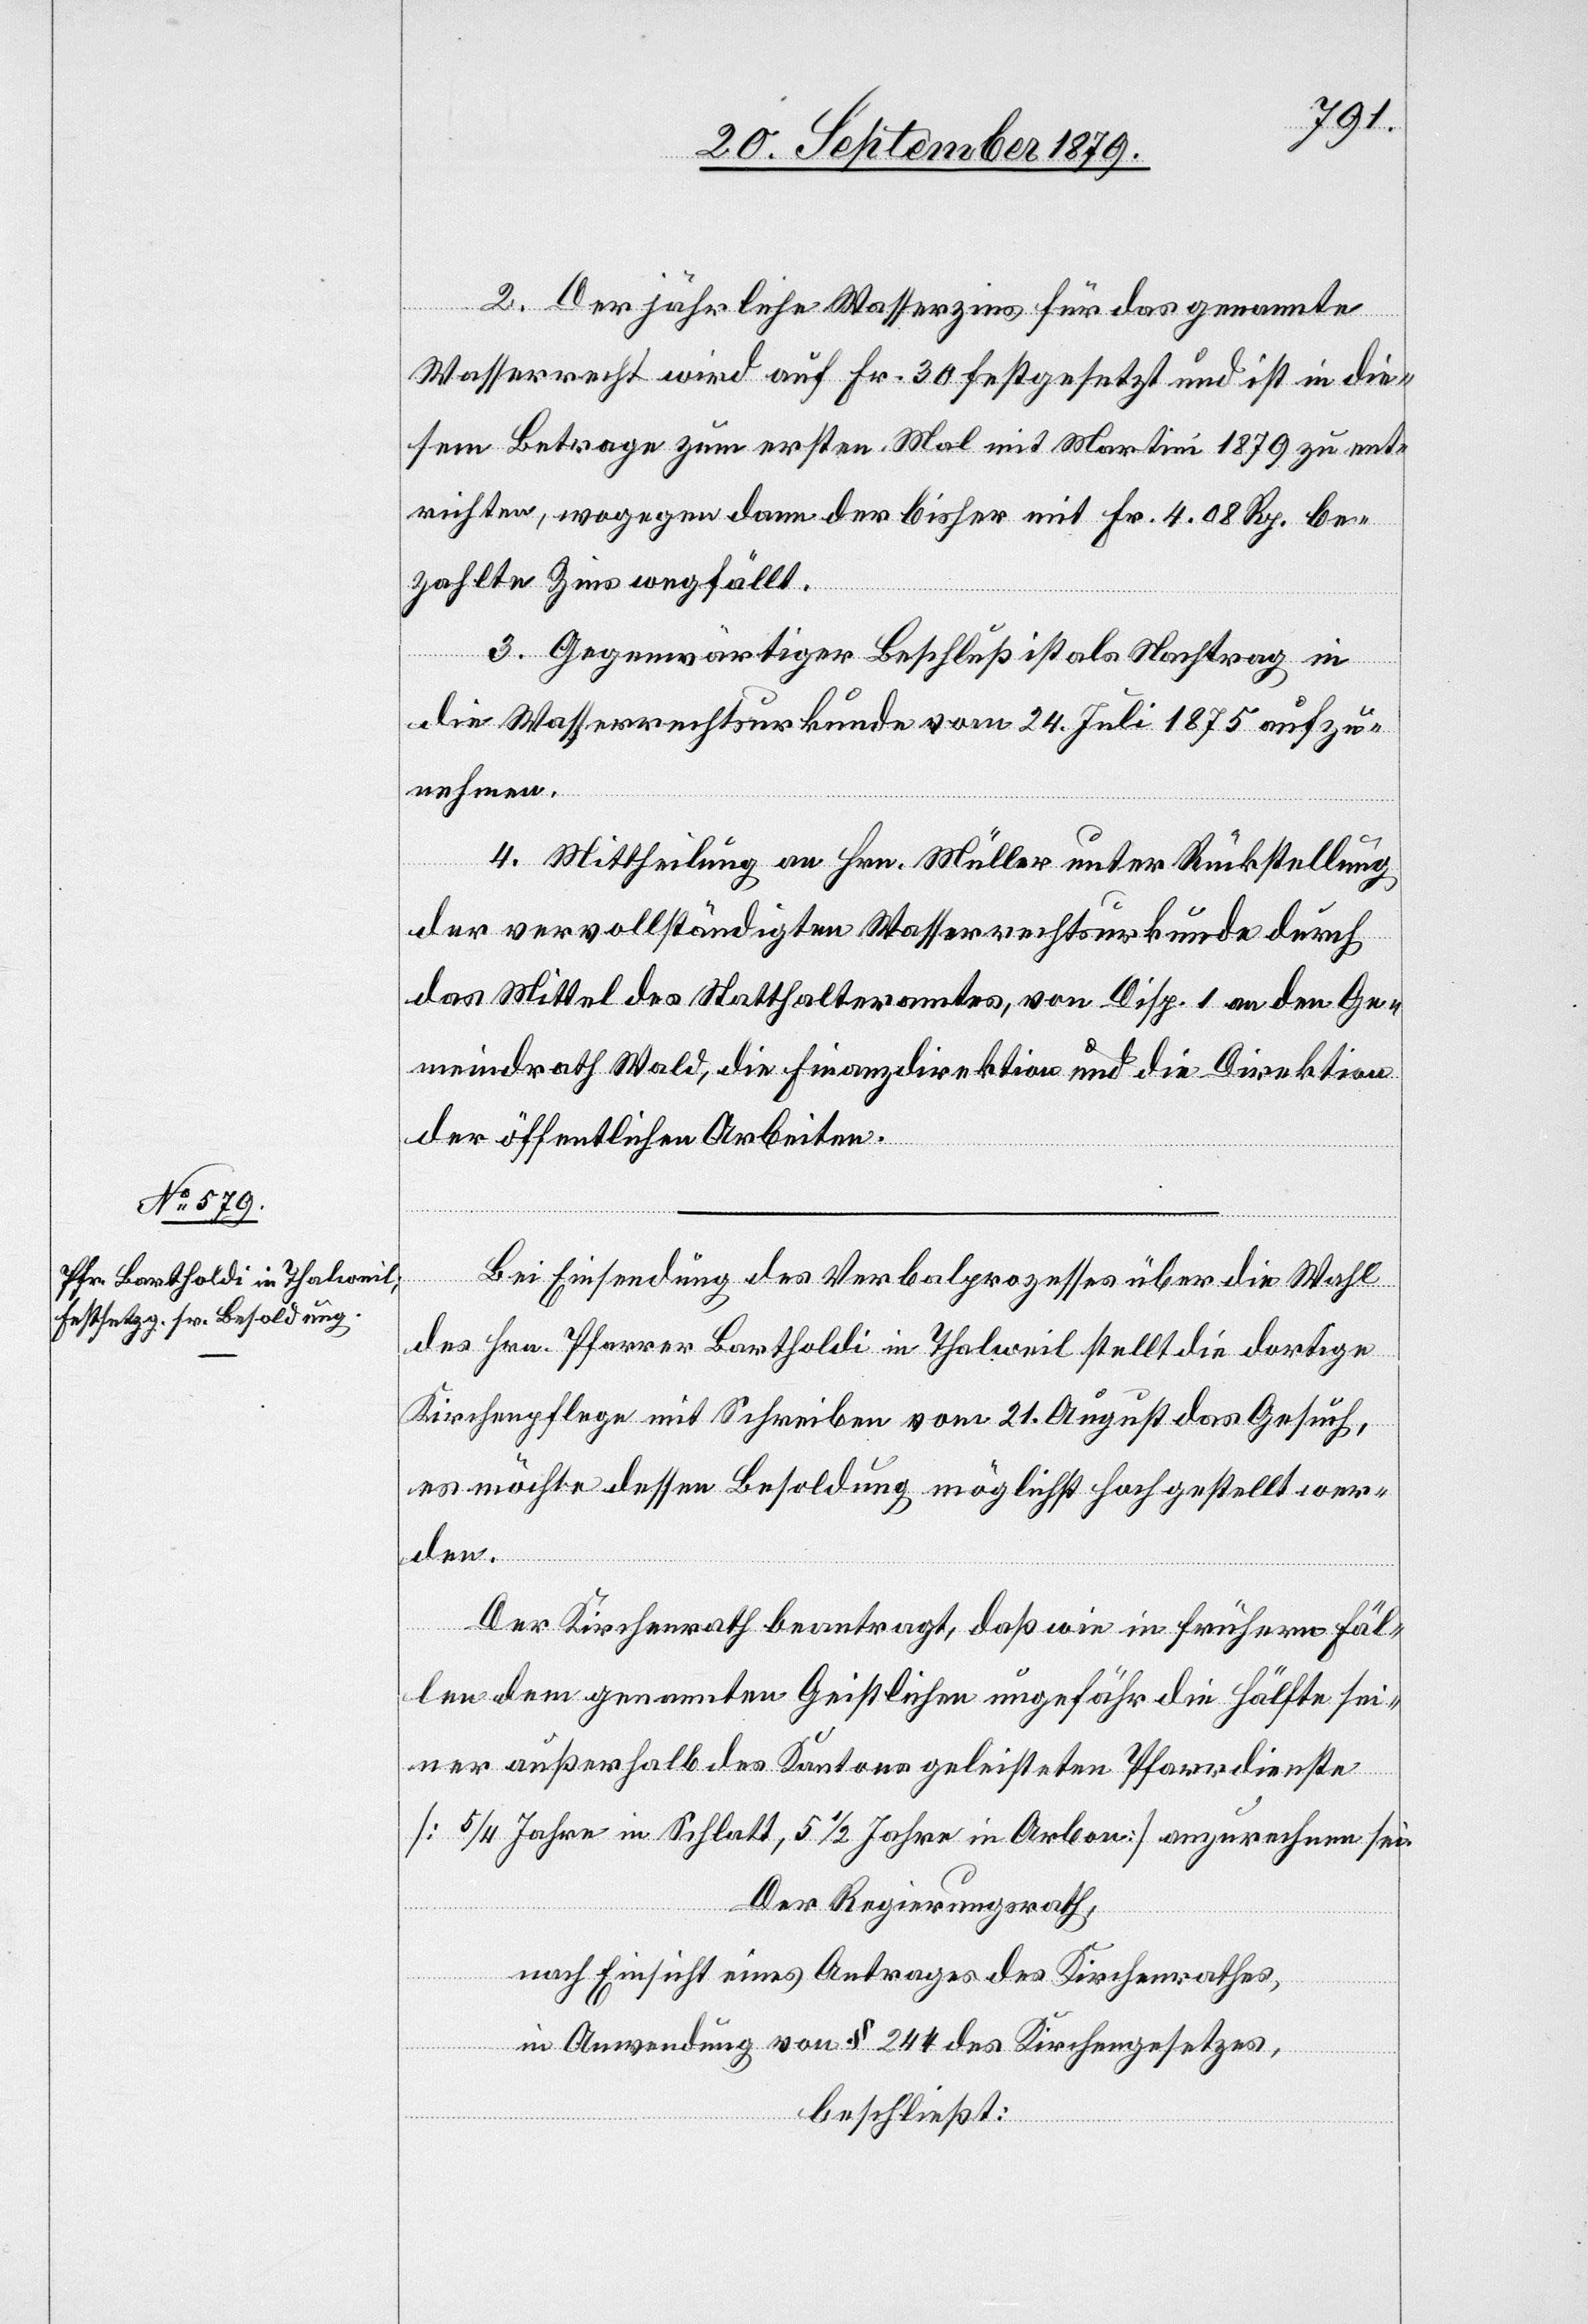
2. Der jährliche Wasserzins für das genannte
Wasserrecht wird auf Fr. 30 festgesetzt und ist in die¬
sem Betrage zum ersten Mal mit Martini 1879 zu ent¬
richten, wogegen dann der bisher mit Fr. 4.08 Rp. be¬
zahlte Zins wegfällt.
3. Gegenwärtiger Beschluß ist als Nachtrag in
die Wasserrechtsurkunde vom 24. Juli 1875 aufzu¬
nehmen.
4. Mittheilung an Hrn. Müller unter Rückstellung
der vervollständigten Wasserrechtsurkunde durch
das Mittel des Statthalteramtes, von Disp. 1 an den Ge¬
meindrath Wald, die Finanzdirektion und die Direktion
der öffentlichen Arbeiten.
Bei Einsendung des Verbalprozesses über die Wahl
des Hrn. Pfarrer Bartholdi in Thalweil stellt die dortige
Kirchenpflege mit Schreiben vom 21. August das Gesuch,
es möchte dessen Besoldung möglichst hochgestellt wer¬
den.
Der Kirchenrath beantragt, daß wie in frühern Fäl¬
len dem genannten Geistlichen ungefähr die Hälfte sei¬
ner außerhalb des Kantons geleisteten Pfarrdienste
[5/4 Jahre in Schlatt, 5 1/2 Jahre in Arbon] anzurechnen sei.
Der Regierungsrath,
nach Einsicht eines Antrages des Kirchenrathes,
in Anwendung von § 244 des Kirchengesetzes,
beschließt: